Vaccination returns of the Province of Eastern Bengal and Assam - 1905-1912
Year: 1905
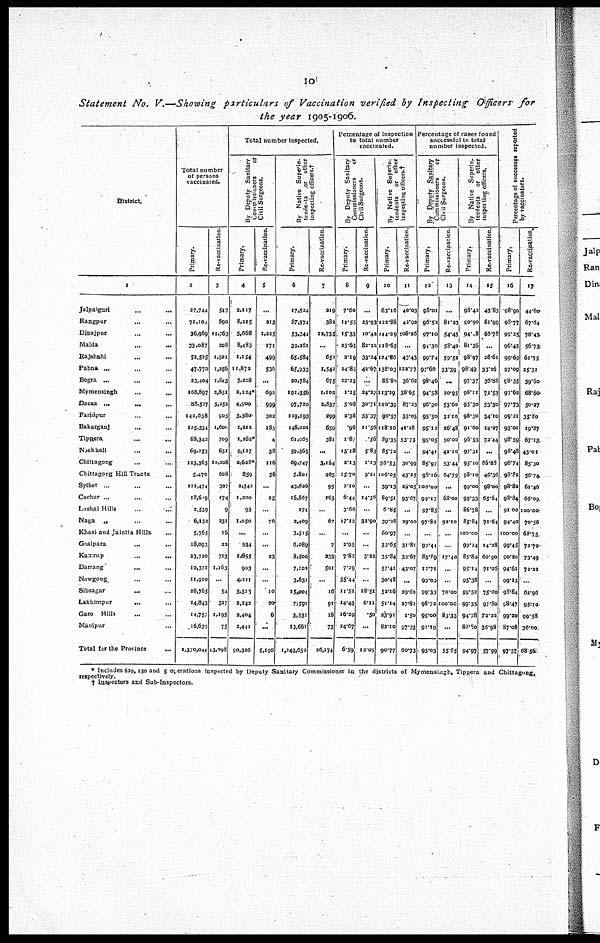
10
Statement No. V.—Showing particulars of Vaccination verified by Inspecting Officers for
the year 1905-1906.
District.
1
Jalpalguri ... ...
Rangpur ... ...
Dinajpur ... ...
Malda ... ...
Rajshahi ... ...
Pabna ... ... ...
Bogra
...
...
...
Mymensingh
...
...
Dacca
...
... ...
Faridpur ... ...
BakarganJ
... ...
Tippera ... ...
Noakhali ... ...
Chittagong ... ...
Chittagong Hill Tracts ...
Sylhet ... ... ...
Cachar ... ... ...
Lushai Hills
...
...
Naga
„ ... ...
Khasi and Jaintia Hills. ...
Goalpara ... ...
Kamrup
...
...
Darrang
... ...
Nowgong ... ...
Sibsagar ... ...
Lakhimpur
... ...
Garo
Hills ... ...
Manipur ... ...
Total for the Province
...
Total number
of persons
vaccinated.
Primary.
2
27,744
71,104
36,969
33,087
52,525
47,770
23,404
168,897
88,527
142,638
125,334
68,342
69,253
123,363
5,470
111,474
18,619
2,539
6,132
5,765
18,093
23,710
12,371
11,910
28,765
14,843
14,757
16,639
1,370,044
Re-vaccination.
3
547
890
11,763
208
1,501
1,256
1,843
2,851
3,252
905
1,600
709
651
10,208
608
327
174
9
231
16
22
713
1,163
...
54
327
1,195
75
43,098
Total number Inspected.
By Deputy Sanitary
Commissioners
or
Civil Surgeons.
Primary.
4
2,117
8,215
5,668
8,483
2,154
11,872
5,208
2,124*
4,500
3,380
1,211
1,282*
9,127
2,628*
859
2,342
1,200
93
1,050
...
534
1,855
903
4,221
3,313
2,142
2,404
2,441
90,326
Re-vaccination.
5
...
213
1,225
171
499
536
...
692
999
302
185
4
38
116
56
...
25
...
76
...
...
23
...
...
10
20
6
...
5,196
By Native Superin-
tendents or other
inspecting officers.†
Primary.
6
17,524
87,374
53,244
39,261
65,584
65,933
20,784
191,356
97,720
129,198
148,101
61,065
59,365
69,747
5,801
43,626
16,567
174
2,409
3,515
6,089
8,500
7,102
3,631
15,004
7,591
3,531
13,661
1,243,652
Re-vaccination.
7
219
382
12,735
...
652
1,542
675
1,102
2,837
299
659
381
...
3,164
263
95
163
...
67
...
7
233
501
...
16
91
18
73
26,174
Percentage of inspection
to total number
vaccinated.
By Deputy Sanitary
Commissioners
or
Civil
Surgeons.
Primary.
8
7.60
11.55
15.33
25.63
2.19
24.85
22.25
1.25
5.08
2.36
.96
1.87
13.18
2.13
15.70
2.10
6.44
3.66
17.12
...
2.95
7.83
7.29
35.44
11.51
14.43
16.29
14.67
6.59
Re-vaccination.
9
...
23.93
10.40
82.21
33.24
42.67
...
24.27
30.71
33.37
11.56
.56
5.83
1.13
9.21
...
14.36
...
32.90
...
...
3.22
...
...
18.51
6.11
.50
...
12.05
By Native Superi¬
tendents or other
inspecting officers.†
Primary.
10
63.16
122.88
144.29
118.65
124.86
138.03
88.80
113.29
110.39
90.57
118.16
89.35
85.72
56.53
106.05
39.13
89.51
6.85
39.28
60.97
33.65
35.84
57.41
30.48
52.16
51.14
23.92
82.10
90.77
Re-vaccination.
11
40.03
42.92
108.26
...
43.43
122.77
36.62
38.65
87.23
33.03
41.18
53.73
...
30.99
43.25
29.05
93.67
...
29.00
...
31.81
33.67
43.07
...
29.62
27.82
1.50
97.33
60.73
Percentage of cases found
successful to total
number inspected.
By Deputy Sanitary
Commissioners
or
Civil Surgeons.
Primary.
12
98.01
96.52
97.l0
94.30
99.74
97.66
98.46
94.58
96.90
95.50
95.12
95.05
94.41
85.97
98.16
100.00
99.17
97.85
97.81
...
90.44
83.89
12.71
99.09
99.33
98.72
95.00
91.19
93.03
Re-vaccination.
13
...
81.23
54.45
58.40
59.52
33.39
...
20.95
53.60
32.10
26.48
50.00
42.10
53.44
64.79
...
68.00
...
92.10
...
...
17.40
...
...
70.00
100.00
83.33
...
55.85
By Native Superin¬
tendents or other
inspecting officers.
Primary.
14
98.42
90.90
94.18
81.36
98.97
98.49
97.37
98.11
95.30
98.30
91.60
96.53
97.31
95.10
88.10
99.00
99.33
86.78
85.84
100.00
99.24
85.80
95.14
95.38
99.52
99.35
94.78
88.90
94.97
Re-vaccination.
15
43.83
81.99
66.78
...
28.61
33.26
36.88
71.53
53.30
34.10
14.27
72.44
...
86.88
46.36
98.00
65.64
...
71.64
...
14.28
60.90
7l.06
...
75.00
97.80
72.22
36.98
57.99
Percentage of successes reported
by vaccinators.
Primary.
16
98.90
98.77
99.35
96.45
99.69
97.09
98.35
97.62
97.73
99.21
93.01
98.59
98.48
98.74
98.82
98.82
98.84
91.00
94.40
100.00
99.45
90.20
94.61
99.15
98.84
98.47
99.20
87.08
97.57
Re-vaccination
17
44.60
67.64
78.43
56.73
61.75
25.31
39.60
68.60
50.27
35.80
19.87
67.13
43.01
85.30
56.74
61.46
66.09
100.00
70.56
68.75
72.72
73.49
72.22
...
62.96
95.10
99.58
36.00
68.56
* Includes 629,150 and 5 operations inspected by Deputy Sanitary Commissioner in the districts of Mymensingh, Tippera and Chittagong.
respectively.
† Inspectors and Sub-Inspectors.